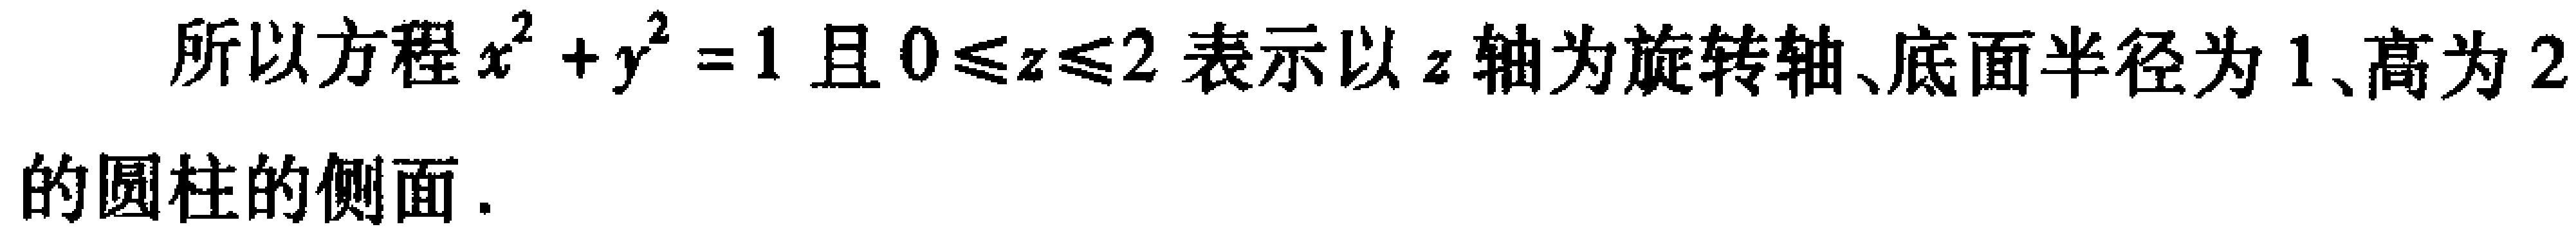
所以方程\(x^{2}+y^{2}=1\)且\(0\leq z\leq2\)表示以\(z\)轴为旋转轴、底面半径为\(1\)、高为\(2\)的圆柱的侧面.